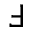
\Finv